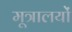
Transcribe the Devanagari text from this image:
मूत्रालयों